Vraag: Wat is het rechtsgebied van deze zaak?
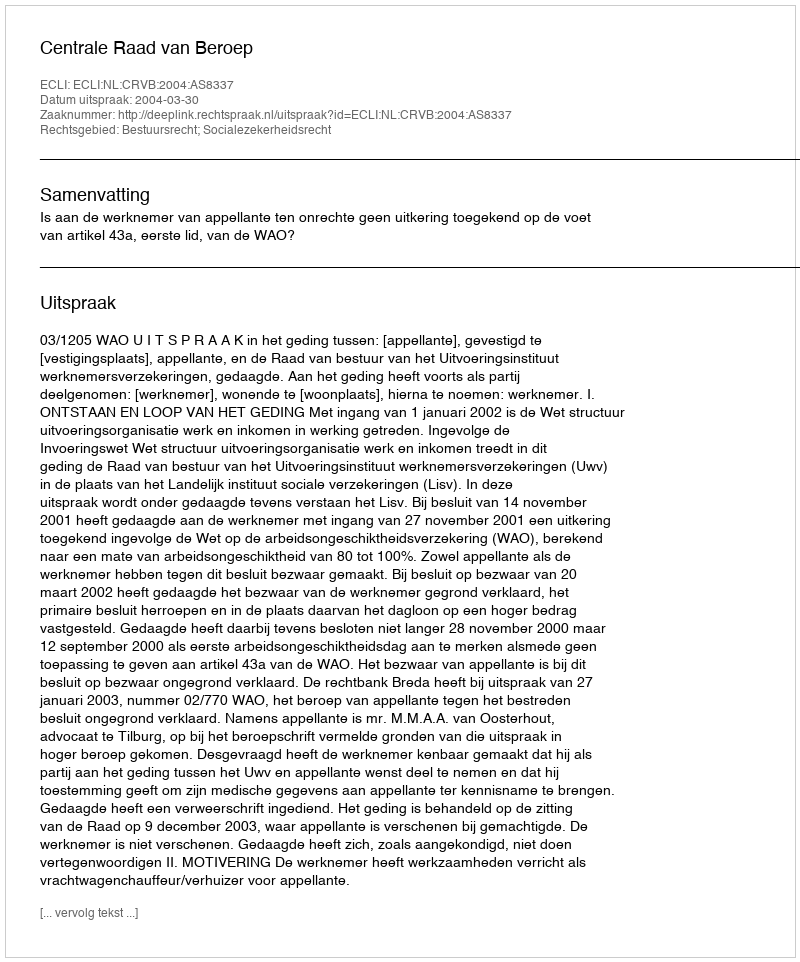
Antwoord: Bestuursrecht; Socialezekerheidsrecht